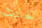
لحادث